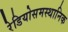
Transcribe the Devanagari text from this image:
रेडियोसमस्थानिक